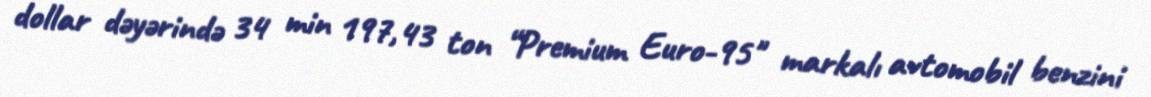
dollar dəyərində 34 min 197,43 ton “Premium Euro-95" markalı avtomobil benzini